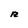
Character: R